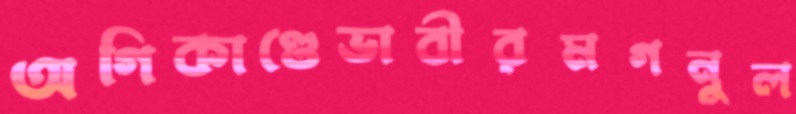
অগিকাণ্ডেভাবীরমগনুল